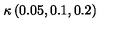
\kappa \left( 0 . 0 5 , 0 . 1 , 0 . 2 \right)